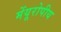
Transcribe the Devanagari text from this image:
मेंयूरोपीय